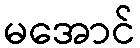
မအောင်